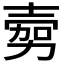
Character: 𭐔